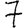
Digit: 7